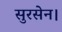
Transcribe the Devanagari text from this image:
सुरसेन।